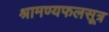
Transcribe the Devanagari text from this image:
श्रामण्यफलसूत्र